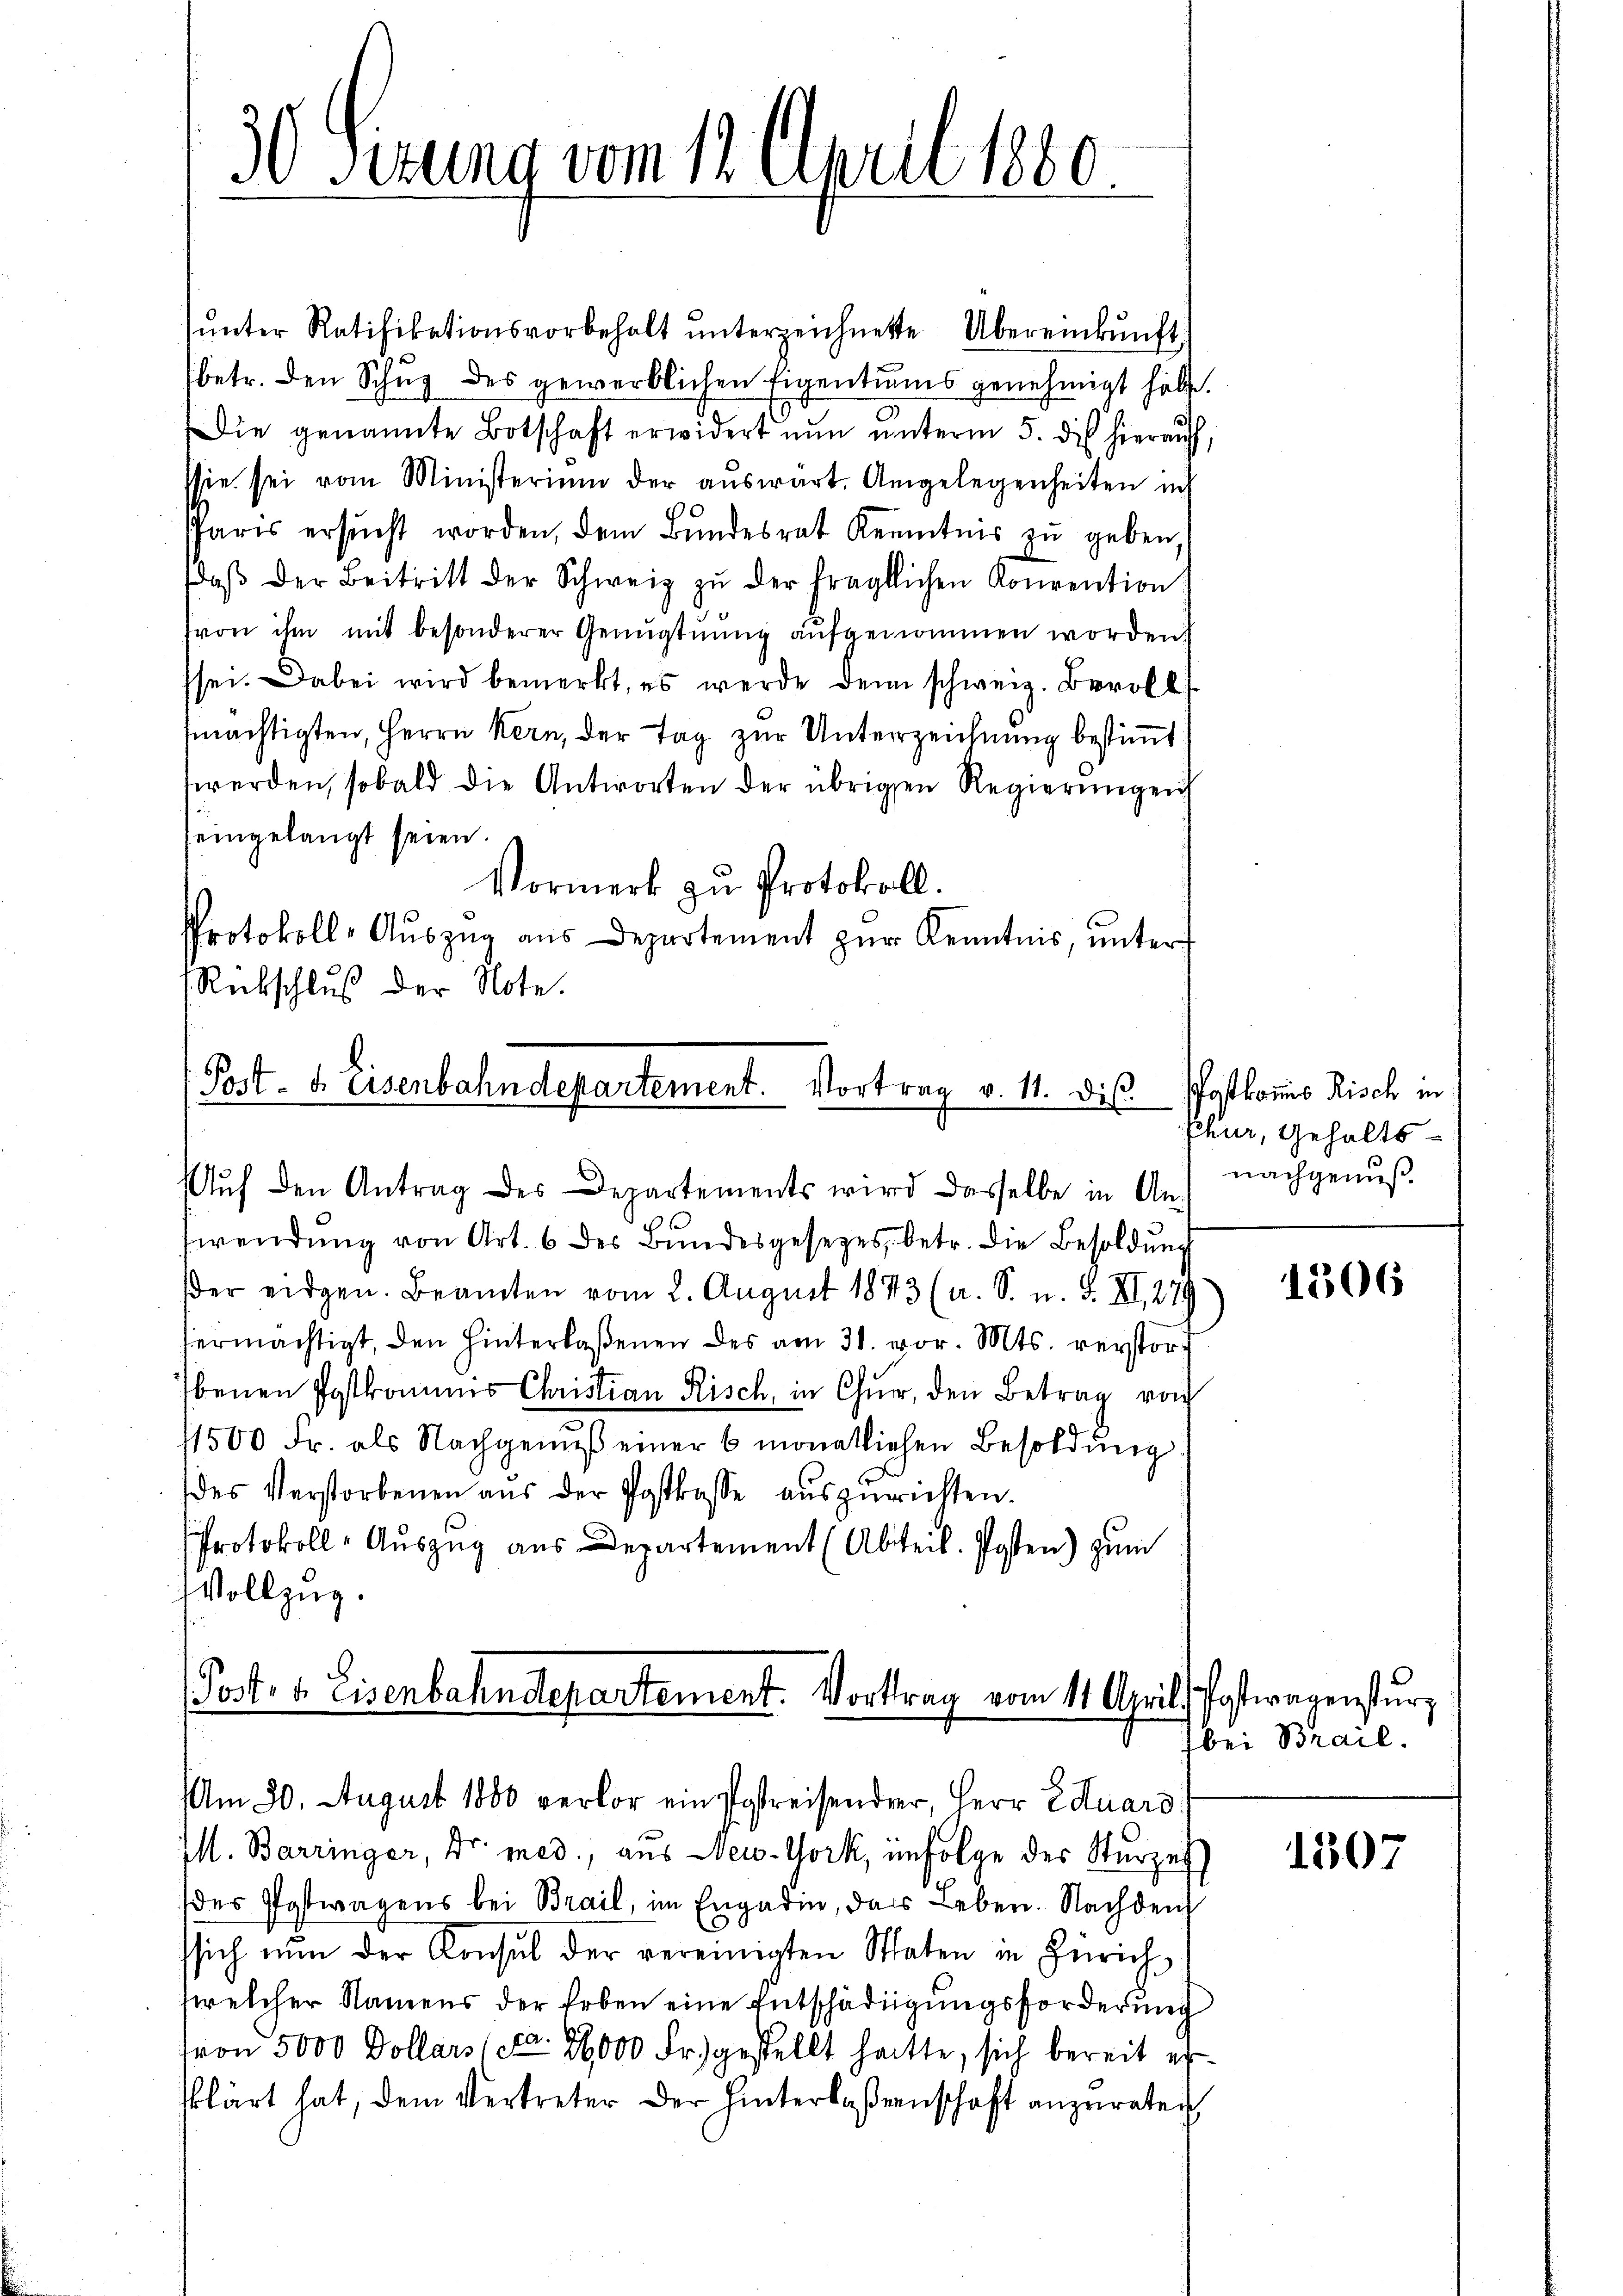
d
3o Sitzung vom 12. April 1880.

(Post- u. Eisenbahndepartement. Vortrag vom 11. April, Postwagensturz
Am 20. August 1880 verlor ein Postreisender, Herr Eduard

ŭnter Ratifikationsvorbehalt ŭnterzeichnete Übereinkunft,
betr. den Schug des gewerblichen Eigentums genehmigt hätte.
Die genannte Botschaft erwidert nun unterm 5. die hierauf,
sie sei vom Ministerium der auswärt. Angelegenheiten ich
PParis ersŭcht worden, dem Bundesrat Kenntnis zu geben,
daβ der Beitritt der Schweiz zŭ der fraglichen Konvention
von ihm mit besonderer Genŭgtŭŭng aŭfgenommen worden.
sei. Dabei wird bemerkt, es werde denn schweiz. Bevolls
mächtigten, Herrn Kern, der Tag zur Unterzeichnung bestimmt
werden, sobald die Antworten der übrigen Regierungen
eingelangt seien.
Vormerk zu Protokoll.
Protokoll-Aŭszŭg ans Departement zŭr Kenntnis, ŭnter
Rückschluß der Note.
(Post- & Eisenbahndepartement. Vortrag v. 11. dis Postkoms Risch in
Auf den Antrag des Departements wird dasselbe in Anfwendŭng von Art. 6 des Bŭndesgesetzes, betr. die Besoldŭng
der eidgen. Beamten vom 2. August 1873 (a. S. n. F. XI, 279
hermächtigt, den hinterlaßenen des am 31. vor. Mts. reystor
benen Postkommis Christian Risch, in Chur, den Betrag von
11500 Fr. als Nachgenŭβ einer 6 monatlichen Besoldung
des Verstorbenen aŭs der Postkasse auszurichten.
Protokoll-Aŭszŭg aŭs Departement (Abteil. Posten) zum
Vollzug.

I. Barringer, Dr. med., aus New-York, infolge des Sturzes
des Postwagens bei Brail, im Engadin, das Leben. Nachdem
ssich nŭn der Konsul der vereinigten Staten in Zürich
wwelcher Namens der Erben eine Entschädigungsforderung
von 5000 Dollars etc. 26,000 Fr. gestellt hatte, sich bereit ei
klärt hat, dem Vertreter der Hinterlaßenschaft anzuraten

Chur, Gehaltsnachgenuß.

1206

bei Brail.

1507